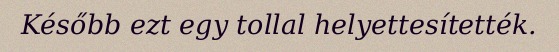
Később ezt egy tollal helyettesítették.